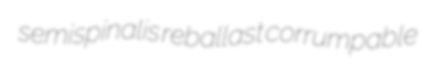
semispinalis reballast corrumpable